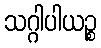
သဂ္ဂါပါယဉ္စ